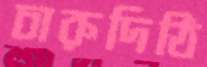
চারুদিঠি